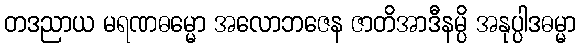
တဒညာယ မရဏဓမ္မော အလောဘဇေန ဇာတိအာဒီနမ္ပိ အနုပ္ပါဒဓမ္မာ